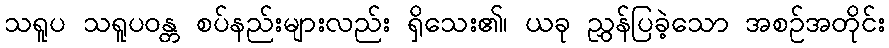
သရူပ သရူပဝန္တ စပ်နည်းများလည်း ရှိသေး၏၊ ယခု ညွှန်ပြခဲ့သော အစဉ်အတိုင်း